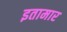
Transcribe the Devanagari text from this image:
इतामार